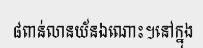
៨ពាន់លានយ័នឯណោះ។នៅក្នុង